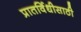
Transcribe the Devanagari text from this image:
प्रातर्विधीसाठी